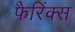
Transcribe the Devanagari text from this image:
फैरिंक्स